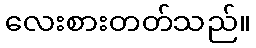
လေးစားတတ်သည်။